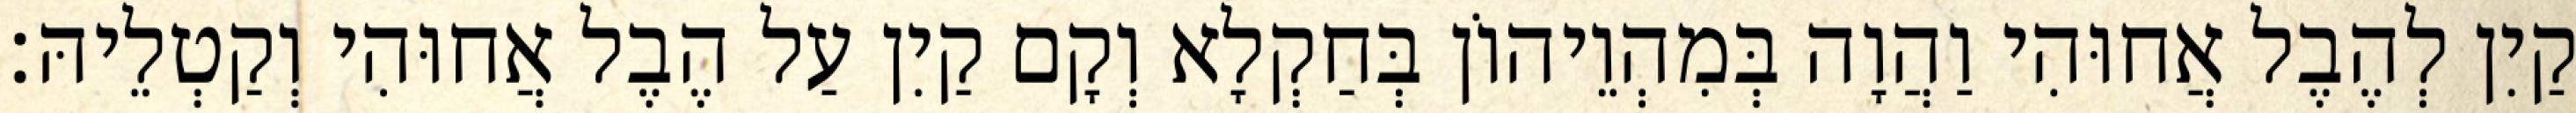
קַיִן לְהֶבֶל אֲחוּהִי וַהֲוָה בְּמִהְוֵיהוֹן בְּחַקְלָא וְקָם קַיִן עַל הֶבֶל אֲחוּהִי וְקַטְלֵיהּ׃